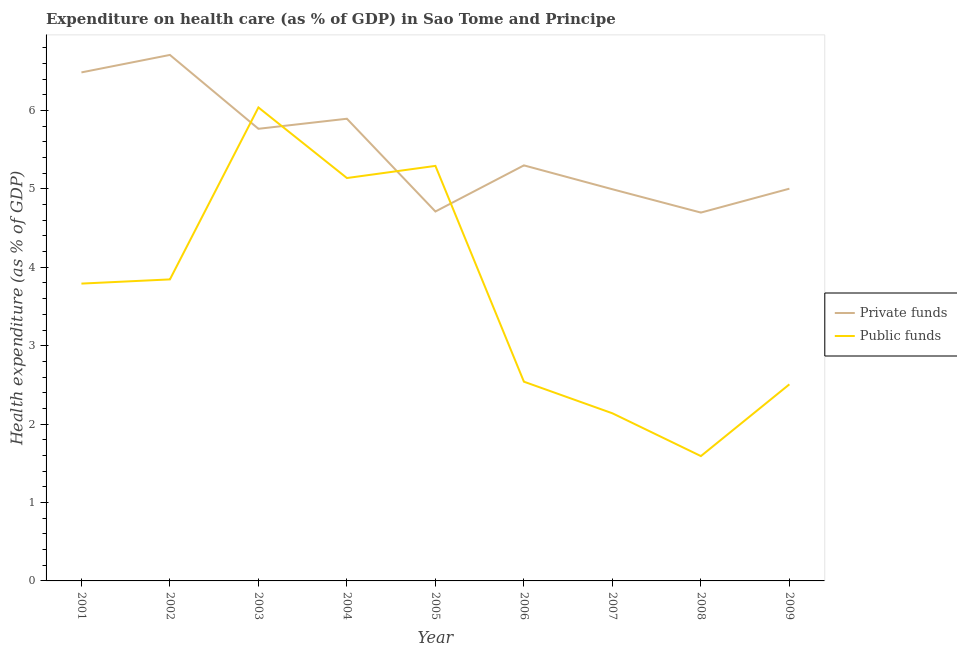
| Year | Private funds | Public funds |
 | --- | --- | --- |
 | 2001 | 6.49 | 3.79 |
 | 2002 | 6.71 | 3.85 |
 | 2003 | 5.77 | 6.04 |
 | 2004 | 5.89 | 5.14 |
 | 2005 | 4.71 | 5.29 |
 | 2006 | 5.3 | 2.54 |
 | 2007 | 5 | 2.14 |
 | 2008 | 4.7 | 1.59 |
 | 2009 | 5 | 2.51 |